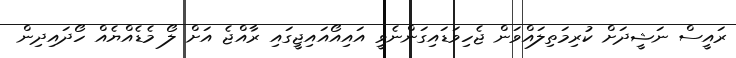
ރައީސް ނަޝީދަށް ކުރިމަތިލައްވަން ޖެހިވަޑައިގަންނެވީ އައިއޯއައިޖީގައި ރާއްޖެ އަށް ލޯ މެޑެއްޔެއް ހޯދައިދިން